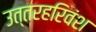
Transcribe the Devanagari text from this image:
उत्तरहरिवंश